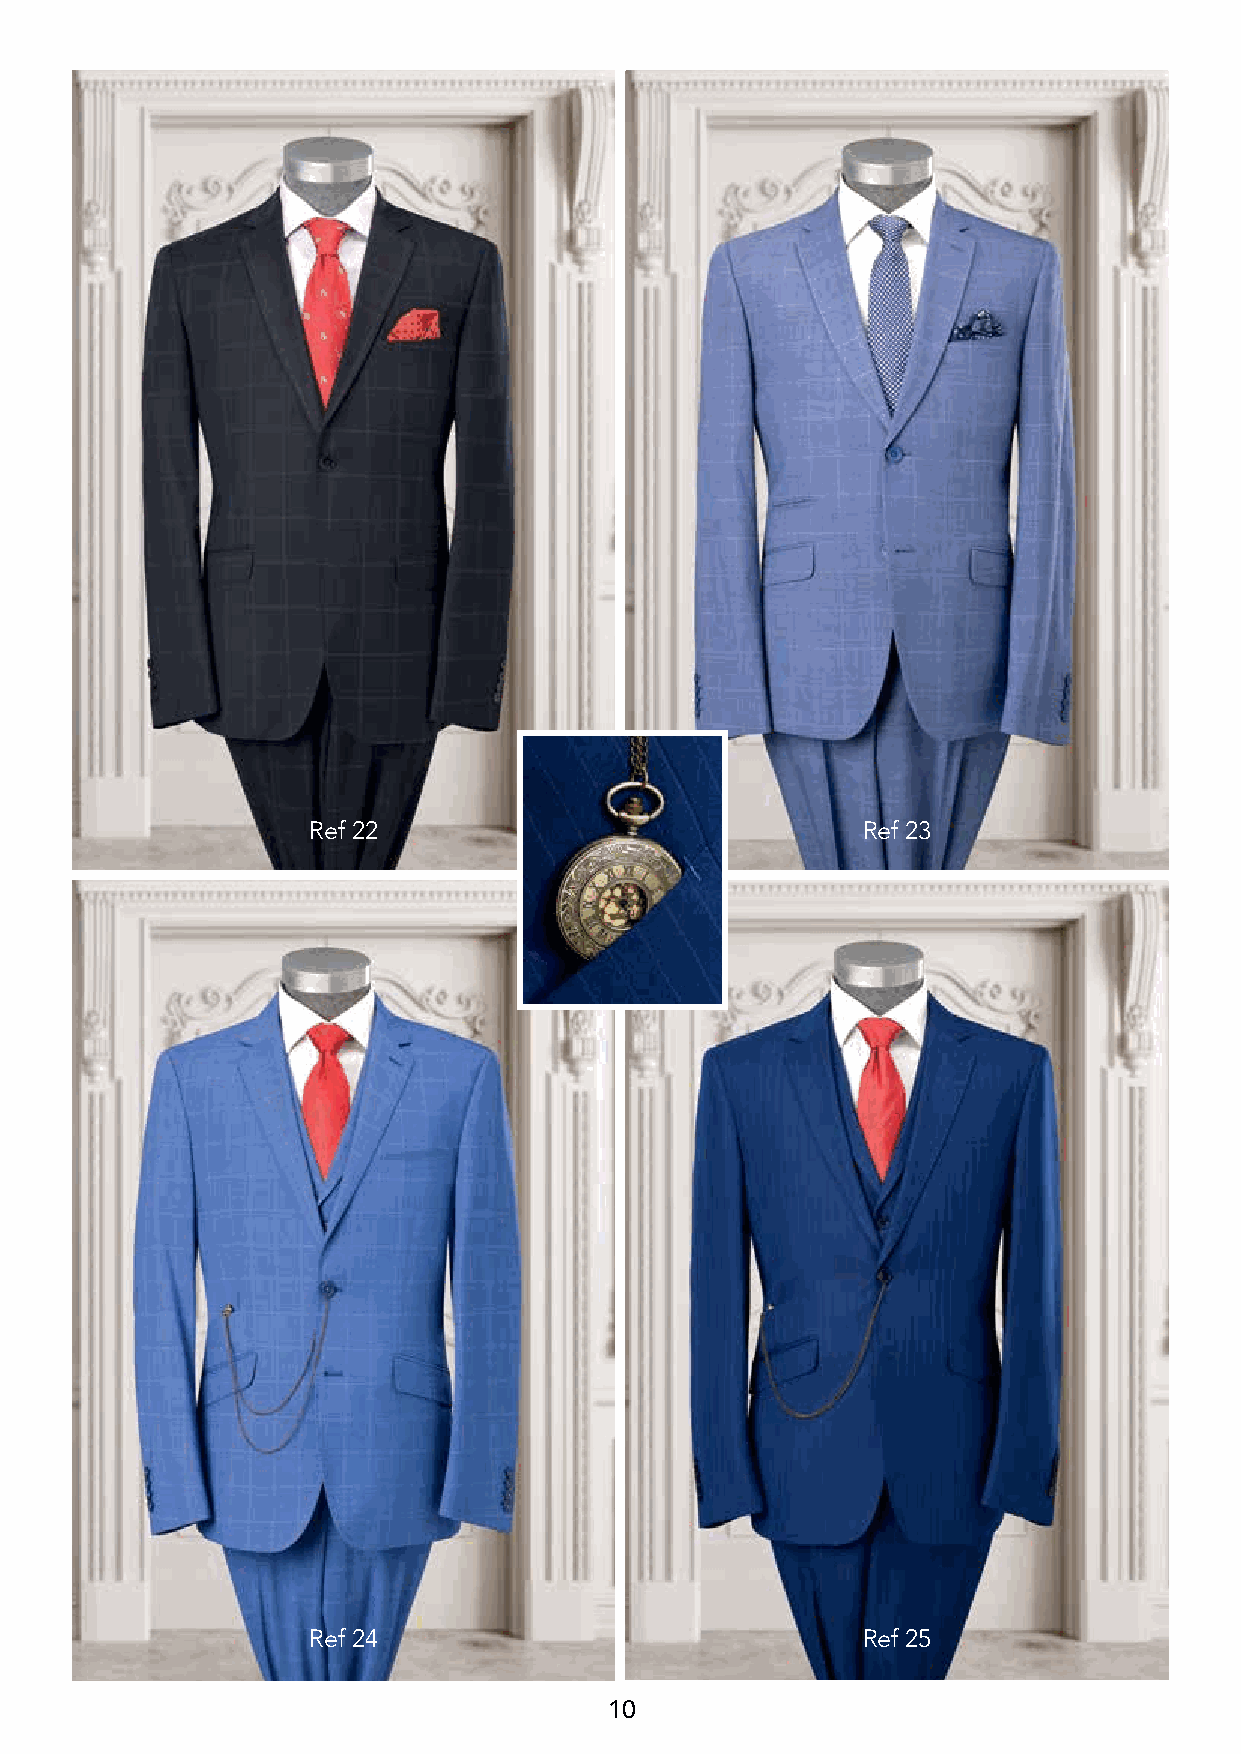
Ref 22                               Ref 23
 Ref 24                               Ref 25
 10